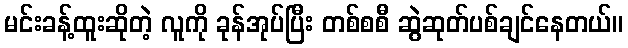
မင်းခန့်ထူးဆိုတဲ့ လူကို ခုန်အုပ်ပြီး တစ်စစီ ဆွဲဆုတ်ပစ်ချင်နေတယ်။